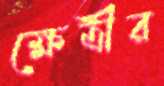
ক্ষেত্রীর